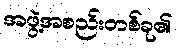
အဖွဲ့အစည်းတစ်ခု၏